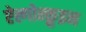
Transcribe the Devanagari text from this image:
ऐल्गोन्क़ुइन